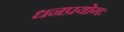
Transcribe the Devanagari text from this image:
धनप्रयोगः